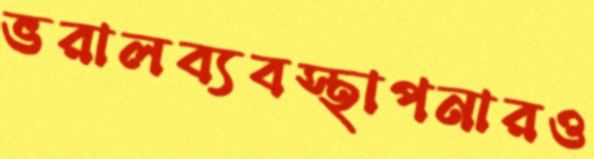
ভরালব্যবস্থাপনারও